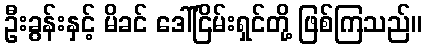
ဦးခွန်းနှင့် မိခင် ဒေါ်ငြိမ်းရှင်တို့ ဖြစ်ကြသည်။